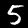
Digit: 5